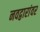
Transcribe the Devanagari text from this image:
नवद्वारांवर